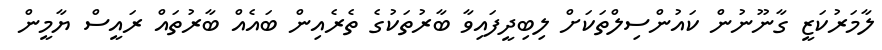
ލާމަރުކަޒީ ގާނޫނުން ކައުންސިލްތަކަށް ލިބިދީފައިވާ ބާރުތަކުގެ ތެރެއިން ބައެއް ބާރުތައް ރައީސް ޔާމީން